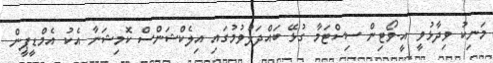
މަނިކު ވިދާޅުވީ އީ-ވޯޓިން ސިސްޓަމާ ގުޅޭ ބައްދަލުވުމުގައި އިލެކްޝަންސް ކޮމިޝަނާ އެކު އެމްޑީޕީން